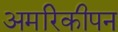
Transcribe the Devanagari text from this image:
अमरिकीपन